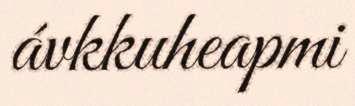
ávkkuheapmi